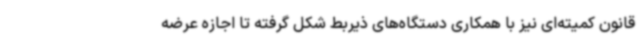
قانون کمیته‌ای نیز با همکاری دستگاه‌های ذیربط شکل گرفته تا اجازه عرضه